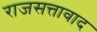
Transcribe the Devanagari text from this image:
राजसत्तावाद